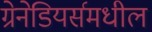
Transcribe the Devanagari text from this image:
ग्रेनेडियर्समधील